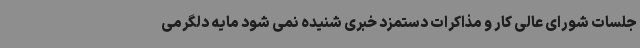
جلسات شورای عالی کار و مذاکرات دستمزد خبری شنیده نمی شود مایه دلگرمی